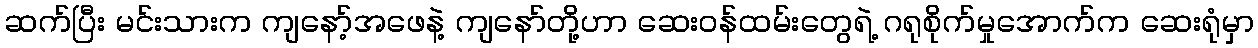
ဆက်ပြီး မင်းသားက ကျနော့်အဖေနဲ့ ကျနော်တို့ဟာ ဆေးဝန်ထမ်းတွေရဲ့ ဂရုစိုက်မှုအောက်က ဆေးရုံမှာ